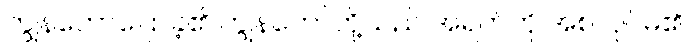
ကျွန်တော်ပြောခဲ့၏။ကျွန်တော်တို့သည် အရက်ကို အစလုပ်မိ၏။